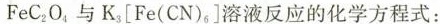
$$F e C _ { 2 } O _ { 4 }$$，与$$K _ {3}[ F e ( C N ) _ { 6 } ]$$溶液反应的化学方程式：